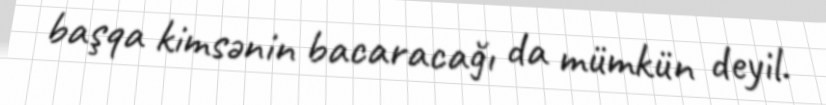
başqa kimsənin bacaracağı da mümkün deyil.